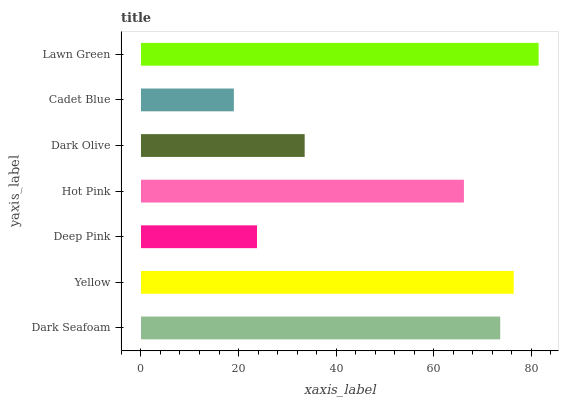
| yaxis_label | bars |
 | --- | --- |
 | Dark Seafoam | 73.7 |
 | Yellow | 76.4 |
 | Deep Pink | 23.8 |
 | Hot Pink | 66.2 |
 | Dark Olive | 33.6 |
 | Cadet Blue | 19 |
 | Lawn Green | 81.5 |